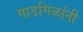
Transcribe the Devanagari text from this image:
गाडगिळांनी